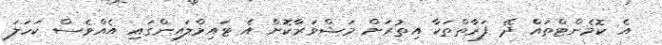
އެ ކޮމެންޓްތައް ދޭ ފަރާތްތަކާ އިތުރަށް މަޝްވަރާކޮށް އެ ޓައިމްލައިންގައި އެއްވެސް ކަހަލަ